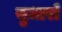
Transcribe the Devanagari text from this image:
सुधारोँ